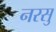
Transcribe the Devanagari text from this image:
नरसु